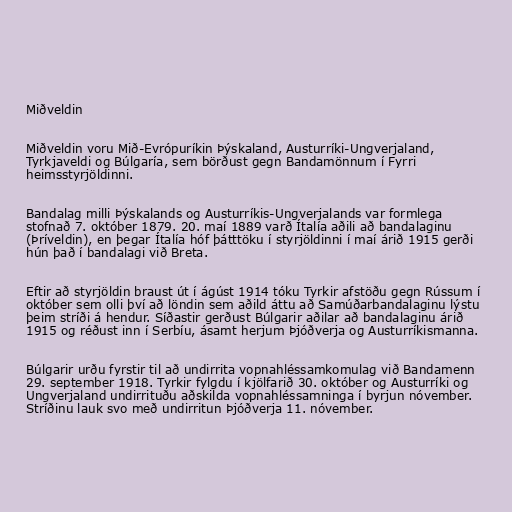
Miðveldin

Miðveldin voru Mið-Evrópuríkin Þýskaland, Austurríki-Ungverjaland,
Tyrkjaveldi og Búlgaría, sem börðust gegn Bandamönnum í Fyrri
heimsstyrjöldinni.

Bandalag milli Þýskalands og Austurríkis-Ungverjalands var formlega
stofnað 7. október 1879. 20. maí 1889 varð Ítalía aðili að bandalaginu
(Þríveldin), en þegar Ítalía hóf þátttöku í styrjöldinni í maí árið 1915 gerði
hún það í bandalagi við Breta.

Eftir að styrjöldin braust út í ágúst 1914 tóku Tyrkir afstöðu gegn Rússum í
október sem olli því að löndin sem aðild áttu að Samúðarbandalaginu lýstu
þeim stríði á hendur. Síðastir gerðust Búlgarir aðilar að bandalaginu árið
1915 og réðust inn í Serbíu, ásamt herjum Þjóðverja og Austurríkismanna.

Búlgarir urðu fyrstir til að undirrita vopnahléssamkomulag við Bandamenn
29. september 1918. Tyrkir fylgdu í kjölfarið 30. október og Austurríki og
Ungverjaland undirrituðu aðskilda vopnahléssamninga í byrjun nóvember.
Stríðinu lauk svo með undirritun Þjóðverja 11. nóvember.